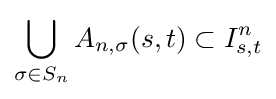
\bigcup _{\sigma \in S_{n}}A_{n,\sigma }(s,t)\subset I_{s,t}^{n}